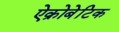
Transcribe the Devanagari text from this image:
ऐक्रोबेटिक